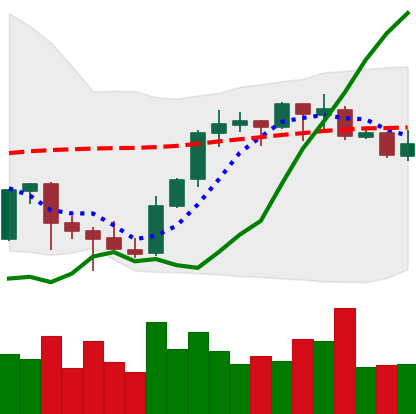
Ticker: BNB-USD
Chart end date: 2021-10-11
Forward return: 12.622%
Label: up_7plus